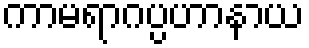
ကာမရာဂပ္ပဟာနာယ